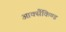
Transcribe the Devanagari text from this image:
आर्क्सैकिण्ड